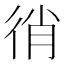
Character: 𢓮